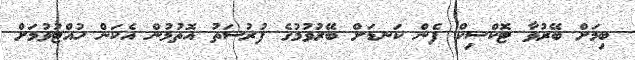
ބިމަށް ބޭރުވާ ޓޮކްސިކް ފެން ކަނޑަށް ބޭރުވުމުގެ ފުރުސަތު އޮތުމުން އެކަން ހުއްޓުވުމަށް